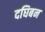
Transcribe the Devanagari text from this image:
दघिबन